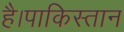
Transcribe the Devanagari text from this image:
है।पाकिस्तान